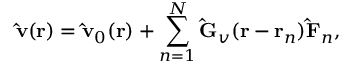
\mathbf { \hat { v } } ( \mathbf { r } ) = \mathbf { \hat { v } } _ { 0 } ( \mathbf { r } ) + \sum _ { n = 1 } ^ { N } \mathbf { \hat { G } } _ { v } ( \mathbf { r } - \mathbf { r } _ { n } ) \mathbf { \hat { F } } _ { n } ,